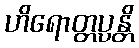
ဟိရောတ္တပ္ပန္တိ